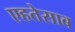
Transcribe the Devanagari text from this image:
एहतेसाब